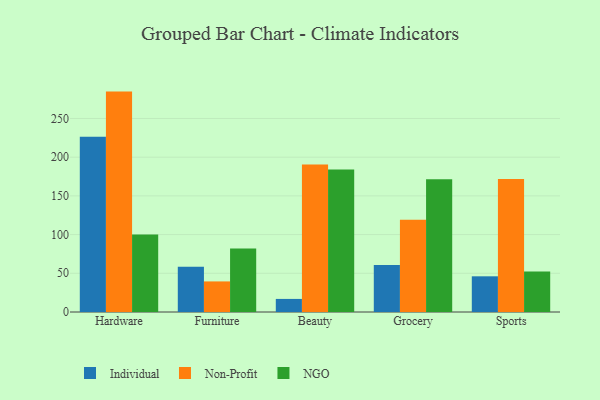
{"axis": {"x": "Category", "y": "Bounce Rate (%)"}, "legend": ["Individual", "NGO", "Non-Profit"], "data": [{"x": "Hardware", "y": 226.5, "type": "Individual"}, {"x": "Hardware", "y": 284.7, "type": "Non-Profit"}, {"x": "Hardware", "y": 100.2, "type": "NGO"}, {"x": "Furniture", "y": 58.6, "type": "Individual"}, {"x": "Furniture", "y": 39.5, "type": "Non-Profit"}, {"x": "Furniture", "y": 82.1, "type": "NGO"}, {"x": "Beauty", "y": 16.9, "type": "Individual"}, {"x": "Beauty", "y": 190.4, "type": "Non-Profit"}, {"x": "Beauty", "y": 184.2, "type": "NGO"}, {"x": "Grocery", "y": 60.7, "type": "Individual"}, {"x": "Grocery", "y": 119.2, "type": "Non-Profit"}, {"x": "Grocery", "y": 171.4, "type": "NGO"}, {"x": "Sports", "y": 46.1, "type": "Individual"}, {"x": "Sports", "y": 171.8, "type": "Non-Profit"}, {"x": "Sports", "y": 52.4, "type": "NGO"}]}